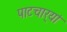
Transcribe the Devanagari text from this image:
पाटचार्‍यां